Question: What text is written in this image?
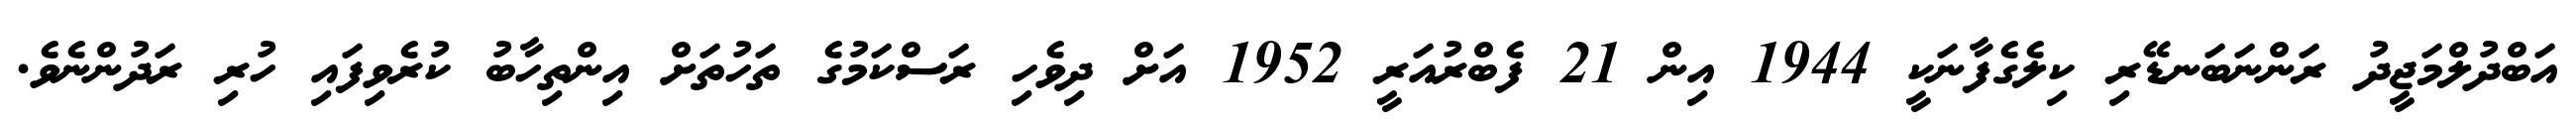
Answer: އަބްދުލްމަޖީދު ރަންނަބަނޑޭރި ކިލެގެފާނަކީ 1944 އިން 21 ފެބްރުއަރީ 1952 އަށް ދިވެހި ރަސްކަމުގެ ތަހުތަށް އިންތިހާބު ކުރެވިފައި ހުރި ރަދުންނެވެ.